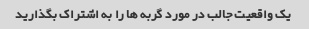
یک واقعیت جالب در مورد گربه ها را به اشتراک بگذارید